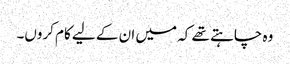
وہ چاہتے تھے کہ میں ان کے لیے کام کروں۔